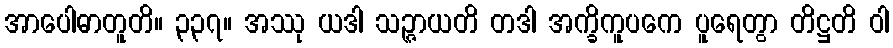
အာပေါဓာတူတိ။ ၃၃၇။ အဿု ယဒါ သဉ္ဇာယတိ တဒါ အက္ခိကူပကေ ပူရေတွာ တိဋ္ဌတိ ဝါ